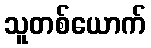
သူတစ်ယောက်